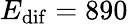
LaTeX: E_{\mathrm{dif}}=890